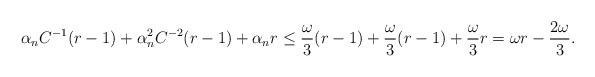
LaTeX: \begin{align*}\alpha_nC^{-1}(r-1) + \alpha^2_nC^{-2}(r-1) + \alpha_n r \leq \frac{\omega}{3}(r-1) + \frac{\omega}{3}(r-1) + \frac{\omega}{3}r = \omega r - \frac{2\omega}{3}. \end{align*}